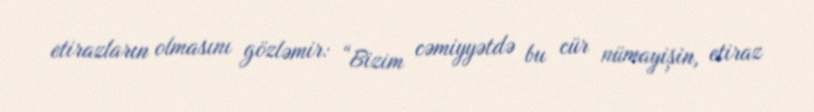
etirazların olmasını gözləmir: “Bizim cəmiyyətdə bu cür nümayişin, etiraz